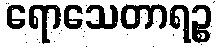
ရောသေတာရဉ္စ